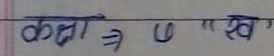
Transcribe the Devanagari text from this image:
कता ⇒ ण "ख